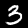
Label: 3